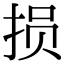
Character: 损